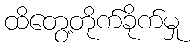
ထိတွေ့တိုက်ခိုက်မှု